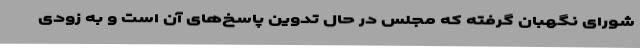
شورای نگهبان گرفته که مجلس در حال تدوین پاسخ‌های آن است و به زودی